Medical and sanitary report on the native army of Bombay for the year
Year: 1879
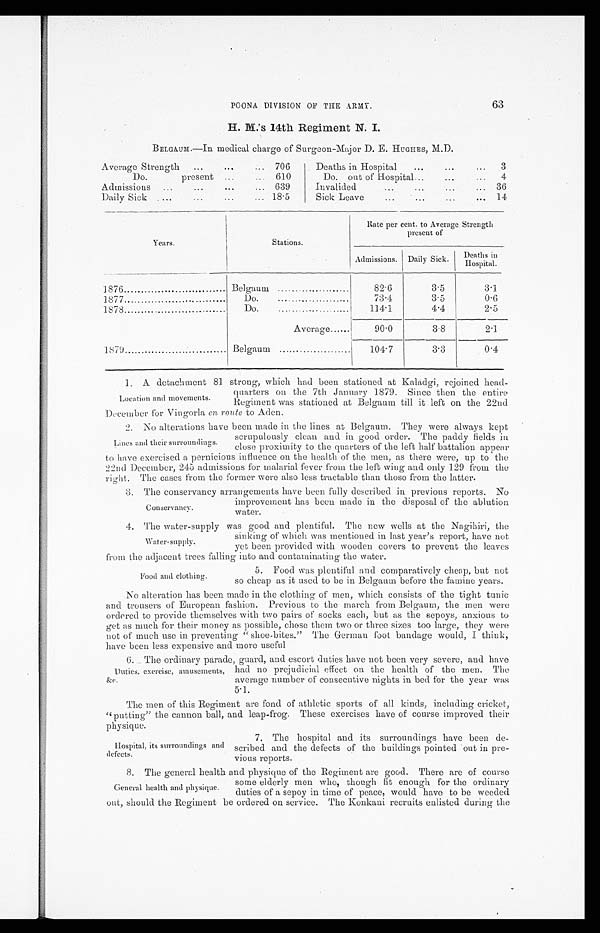
63
POONA DIVISION OF THE ARMY.
H. M.'s 14th Regiment N. I.
BELGAUM.—In medical charge of Surgeon-Major D. E. HUGHES, M.D.
Average Strength . . .
706
Do. present . . . 610
A d m i s s i o n s . . .
639
Daily Sick . . .
18.5
Deaths in Hospital . . .
3
Do. out of Hospital . . .
4
Invalided . . .
36
Sick Leave . . .
14
Years.
Stations.
Rate per cent. to Average Strength
present of
Admissions. Daily Sick.
Deaths in
Hospital.
1876 . . .
Belgaum . . .
82.6
3.5
3.1
1877 . . .
Do. . . .
73.4
3.5
0.6
1878 . . .
Do. . . .
114.1
4.4
2.5
Average . . .
90.0
3.8
2.1
1879 . . .
Belgaum . . .
104.7
3 . 3
0.4
1. A detachment 81 strong, which had been stationed at Kaladgi, rejoined head
-
quarters on the 7th January 1879. Since then the entire
Regiment was stationed at Belgaum till it left on the 22nd
December for Vingorla, en route to Aden.
2. No alterations have been made in the lines at Belgaum. They were always kept
scrupulously clean and in good order. The paddy fields i n
close proximity to the quarters of the left half battalion appear
to have exercised a pernicious influence on the health of the men, as there were, up to the
22nd December, 245 admissions for malarial fever from the left wing and only 129 from the
right. The cases from the former were also less tractable than those from the latter.
3 . T h e c o n s e r v a n c y a r r a n g e m e n t s h a v e b e e n f u l l y d e s c r i b e d i n p r e v i o u s r e p o r t s . N o
improvement has been made in the disposal of the ablution
water.
4. The water-supply was good and plentiful. The new wells at the Nagihiri, the
sinking of which was mentioned in last year's report, have not
yet been provided with wooden covers to prevent the leaves
from the adjacent trees falling into and contaminating the water.
5. Food was plentiful and comparatively cheap, but not
so cheap as it used to be in Belgaum before the famine years.
No alteration has been made in the clothing of men, which consists of the tight tunic
and trousers of European fashion. Previous to the march from Belgaum, the men were
ordered to provide themselves with two pairs of socks each, but as the sepoys, anxious to
get as much for their money as possible, chose them two or three sizes too large, they were
not of much use in preventing "shoe-bites." The German foot bandage would, I think,
have been less expensive and more useful
6. The ordinary parade, guard, and escort duties have not been very severe, and have
had no prejudicial effect on the health of the men. The
average number of consecutive nights in bed for the year was
5.1.
The men of this Regiment are fond of athletic sports of all kinds, including cricket,
"putting" the cannon ball, and leap-frog. These exercises have of course improved their
physique.
Location and movements.
Lines and their surroundings.
Conservancy.
Water-supply.
Food and clothing.
Duties, exercise, amusements,
&c.
Hospital, its surroundings and
defects.
7. The hospital and its surroundings have been de
-scribed and the defects of the buildings pointed out in pre
-vious reports.
8. The general health and physique of the Regiment are good. There are of course
some elderly men who, though fit enough for the ordinary
duties of a sepoy in time of peace, would have to be weeded
out, should the Regiment be ordered on service. The Konkani recruits enlisted during the
General health and physique.